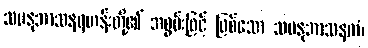
သမနုဘာသနရဟန်းတို့၏ အစွမ်းဖြင့် ဖြစ်သော သမနုဘာသနကံ၊